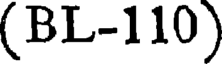
(BL-110)